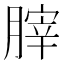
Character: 𦞤